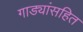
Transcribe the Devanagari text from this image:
गाड्यांसहित